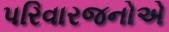
પરિવારજનોએ